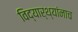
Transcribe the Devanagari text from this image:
विद्यार्थ्यांनाच